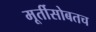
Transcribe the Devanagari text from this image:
मूर्तीसोबतच